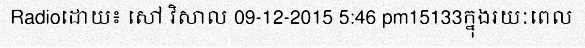
Radioដោយ៖ សៅ វិសាល 09-12-2015 5:46 pm15133ក្នុងរយៈពេល